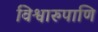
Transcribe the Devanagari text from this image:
विश्वारुपाणि